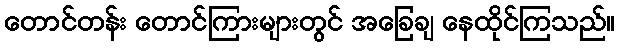
တောင်တန်း တောင်ကြားများတွင် အခြေချ နေထိုင်ကြသည်။